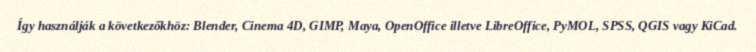
Így használják a következőkhöz: Blender, Cinema 4D, GIMP, Maya, OpenOffice illetve LibreOffice, PyMOL, SPSS, QGIS vagy KiCad.